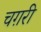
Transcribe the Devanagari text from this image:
चग़री